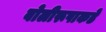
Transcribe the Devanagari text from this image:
बोलीरूपाकडे